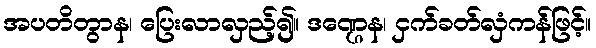
အပတိတွာန၊ ပြေးလာလှည့်၍။ ဒဏ္ဌေန၊ ငှက်ခတ်လှံကန်ဖြင့်။